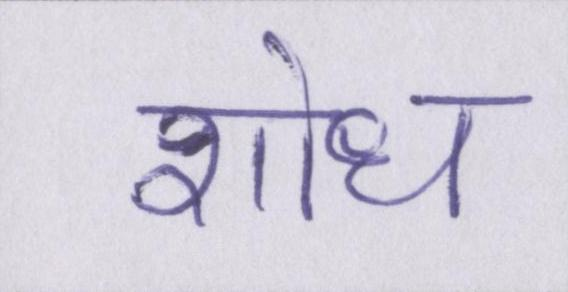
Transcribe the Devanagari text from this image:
शोध